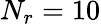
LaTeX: N_{r}=10